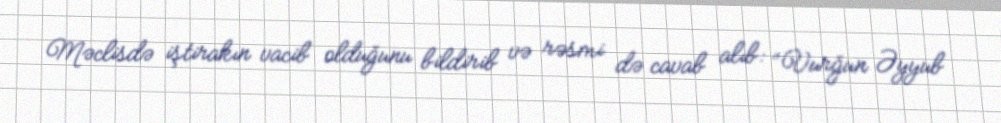
Məclisdə iştirakın vacib olduğunu bildirib və rəsmi də cavab alıb: “Vurğun Əyyub